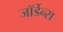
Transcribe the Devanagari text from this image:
जॉर्डेन्स